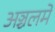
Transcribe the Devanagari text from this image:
अञ्चलमे